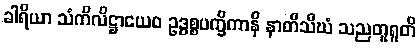
ခါရိယာ သံကိလိဋ္ဌာယေဝ ဥဒ္ဓစ္စပက္ခိကာနိ နာတိသီဃံ သညတူရူတိ